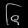
Digit: ၆